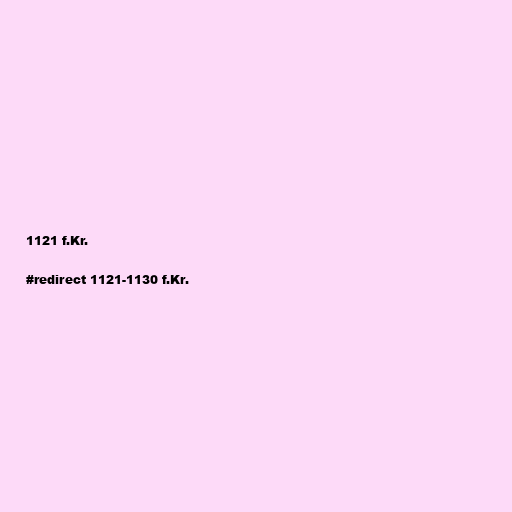
1121 f.Kr.

#redirect 1121-1130 f.Kr.